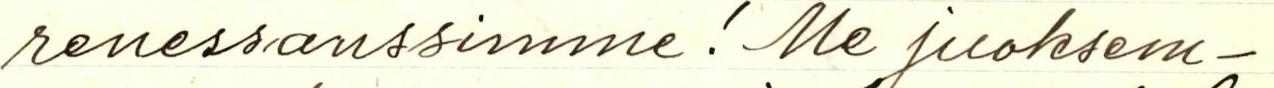
renesanssimme! Me juoksem-